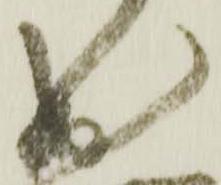
出